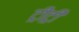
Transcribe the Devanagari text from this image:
ट्रीट्री